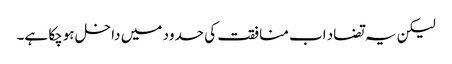
لیکن یہ تضاد اب منافقت کی حدود میں داخل ہوچکا ہے۔